Lunatic asylums in Bengal annual reports 1912-1924 - 1912-1924
Year: 1912
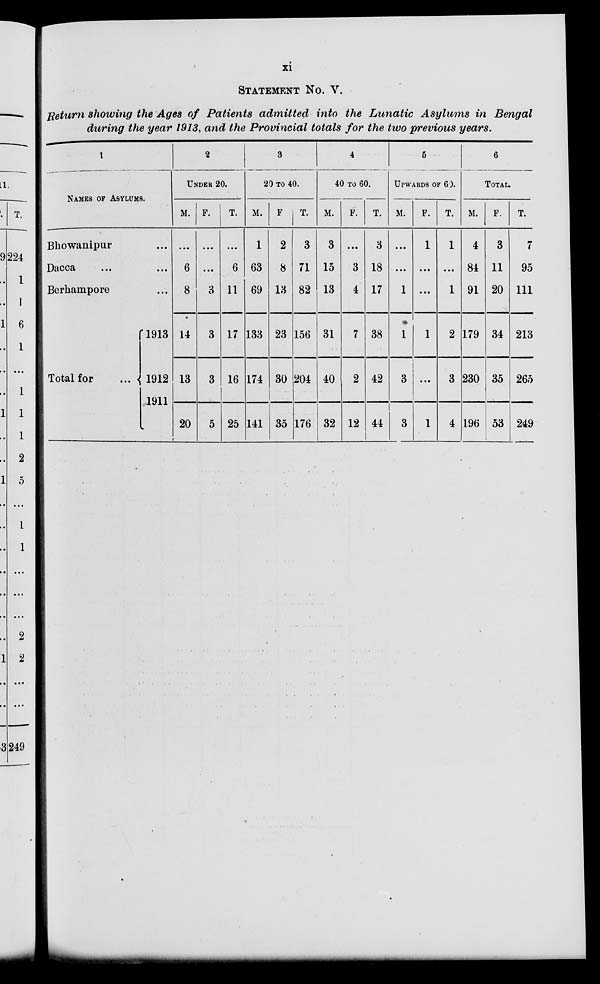
xi
STATEMENT No. V.
Return showing the Ages of Patients admitted into the Lunatic Asylums in Bengal
during the year 1913, and the Provincial totals for the two previous years.
1
NAMES OF ASYLUMS.
Bhowanipur
...
Dacca
...
...
Berhampore
...
Total for
...
1913
1912
1911
2
UNDER 20.
M.
...
6
8
14
13
20
F.
...
...
3
3
3
5
T.
...
6
11
17
16
25
3
20 TO 40.
M.
1
63
69
133
174
141
F
2
8
13
23
30
35
T.
3
71
82
156
204
176
4
40 TO 60.
M.
3
15
13
31
40
32
F.
...
3
4
7
2
12
T.
3
18
17
38
42
44
5
UPWARDS OF 60.
M.
...
...
1
1
3
3
F.
1
...
...
1
...
1
T.
1
...
1
2
3
4
7
TOTAL.
M.
4
84
91
179
230
196
F.
3
11
20
34
35
53
T.
7
95
111
213
265
249